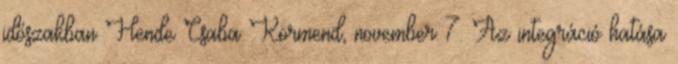
időszakban Hende Csaba Körmend, november 7. Az integráció hatása